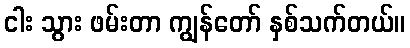
ငါး သွား ဖမ်းတာ ကျွန်တော် နှစ်သက်တယ်။